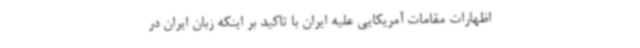
اظهارات مقامات آمریکایی علیه ایران با تاکید بر اینکه زبان ایران در